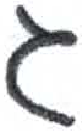
אות: ג